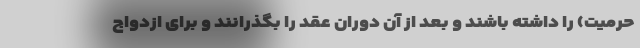
حرمیت) را داشته باشند و بعد از آن دوران عقد را بگذرانند و برای ازدواج